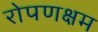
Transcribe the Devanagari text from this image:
रोपणक्षम